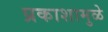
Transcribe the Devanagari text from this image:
प्रकाशामुळे